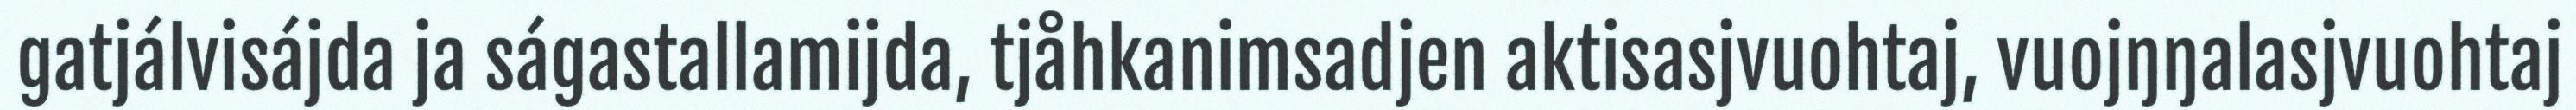
gatjálvisájda ja ságastallamijda, tjåhkanimsadjen aktisasjvuohtaj, vuojŋŋalasjvuohtaj